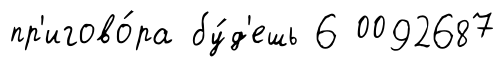
пр'игово́ра бу́д'ешь 6 0092687